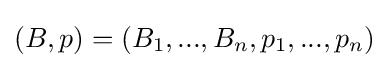
(B,p)=(B_{1},...,B_{n},p_{1},...,p_{n})